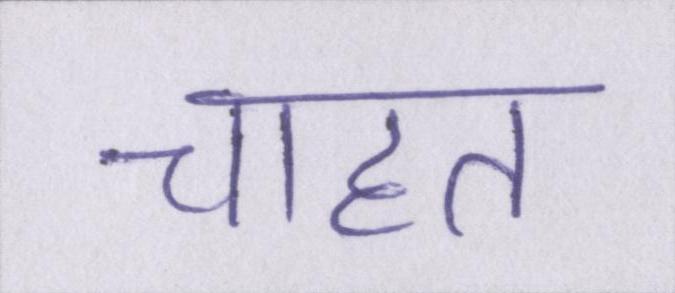
चाहत